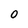
Character: 0